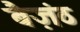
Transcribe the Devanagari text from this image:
बैज़ंठ